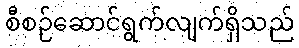
စီစဉ်ဆောင်ရွက်လျက်ရှိသည်